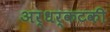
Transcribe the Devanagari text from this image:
अर्धर्कटकी